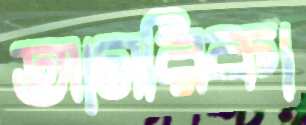
আমরিকা